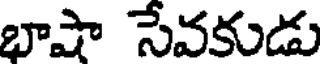
భాషా సేవకుడు